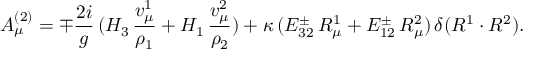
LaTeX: A _ { \mu } ^ { ( 2 ) } = \mp { \frac { 2 i } { g } } \, ( H _ { 3 } \, { \frac { v _ { \mu } ^ { 1 } } { \rho _ { 1 } } } + H _ { 1 } \, { \frac { v _ { \mu } ^ { 2 } } { \rho _ { 2 } } } ) + \kappa \, ( E _ { 3 2 } ^ { \pm } \, R _ { \mu } ^ { 1 } + E _ { 1 2 } ^ { \pm } \, R _ { \mu } ^ { 2 } ) \, \delta ( R ^ { 1 } \cdot R ^ { 2 } ) .